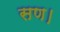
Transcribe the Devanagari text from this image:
सण।